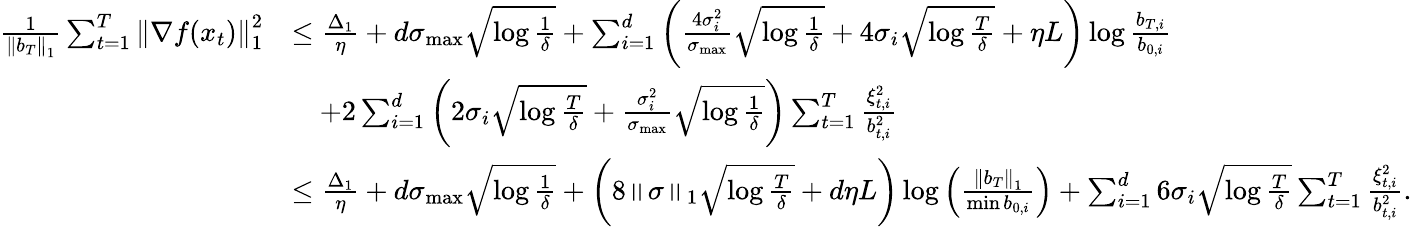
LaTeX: \begin{array}{rl}{\frac{1}{\left\Vert b_{T}\right\Vert_{1}}\sum_{t=1}^{T}\left\Vert\nabla f(x_{t})\right\Vert_{1}^{2}}&{\leq\frac{\Delta_{1}}{\eta}+d\sigma_{\operatorname*{max}}\sqrt{\log\frac{1}{\delta}}+\sum_{i=1}^{d}\left(\frac{4\sigma_{i}^{2}}{\sigma_{\operatorname*{max}}}\sqrt{\log\frac{1}{\delta}}+4\sigma_{i}\sqrt{\log\frac{T}{\delta}}+\eta L\right)\log\frac{b_{T,i}}{b_{0,i}}}\\ &{\quad+2\sum_{i=1}^{d}\left(2\sigma_{i}\sqrt{\log\frac{T}{\delta}}+\frac{\sigma_{i}^{2}}{\sigma_{\operatorname*{max}}}\sqrt{\log\frac{1}{\delta}}\right)\sum_{t=1}^{T}\frac{\xi_{t,i}^{2}}{b_{t,i}^{2}}}\\ &{\leq\frac{\Delta_{1}}{\eta}+d\sigma_{\operatorname*{max}}\sqrt{\log\frac{1}{\delta}}+\left(8\left\Vert\sigma\right\Vert_{1}\sqrt{\log\frac{T}{\delta}}+d\eta L\right)\log\left(\frac{\left\Vert b_{T}\right\Vert_{1}}{\operatorname*{min}b_{0,i}}\right)+\sum_{i=1}^{d}6\sigma_{i}\sqrt{\log\frac{T}{\delta}}\sum_{t=1}^{T}\frac{\xi_{t,i}^{2}}{b_{t,i}^{2}}.}\end{array}